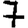
Digit: 7